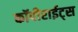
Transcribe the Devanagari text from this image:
कॉपीराईट्स